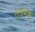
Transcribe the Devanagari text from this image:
एटामिक